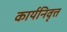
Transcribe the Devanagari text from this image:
कार्यनिवृत्त